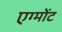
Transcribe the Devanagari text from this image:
एग्मोंट